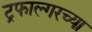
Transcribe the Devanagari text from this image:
ट्रफाल्गरच्या